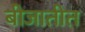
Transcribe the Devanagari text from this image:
बीजातीत